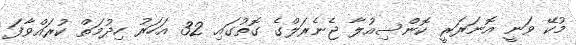
މުކޭ ވަނީ އޮނަރަރީ ކޮންސިއުލާ ޖެނެރަލްގެ ގޮތުގައި 32 އަހަރު ހިދުމަތް ކުރައްވާފަ